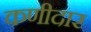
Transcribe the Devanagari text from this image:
कणीदार